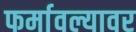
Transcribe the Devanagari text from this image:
फर्मावल्यावर